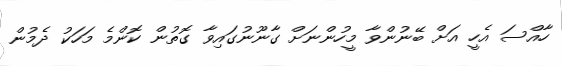
ހާއްސަ އެހީ އަށް ބޭނުންވާ މީހުންނަށް ގާނޫނުގައިވާ ގޮތުން ކޮންމެ މަހަކު ދެމުން